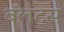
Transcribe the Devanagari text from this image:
बॅलट्स